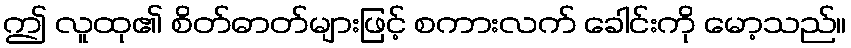
ဤ လူထု၏ စိတ်ဓာတ်များဖြင့် စကားလက် ခေါင်းကို မော့သည်။